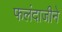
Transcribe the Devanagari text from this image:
फलंदाजीने